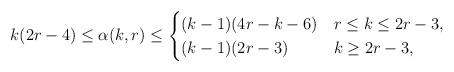
LaTeX: \begin{align*}k(2r-4) \le \alpha(k,r) \le\begin{cases}(k-1)(4r-k-6) &r \le k \le 2r-3,\\(k-1)(2r-3) &k \ge 2r-3,\end{cases}\end{align*}